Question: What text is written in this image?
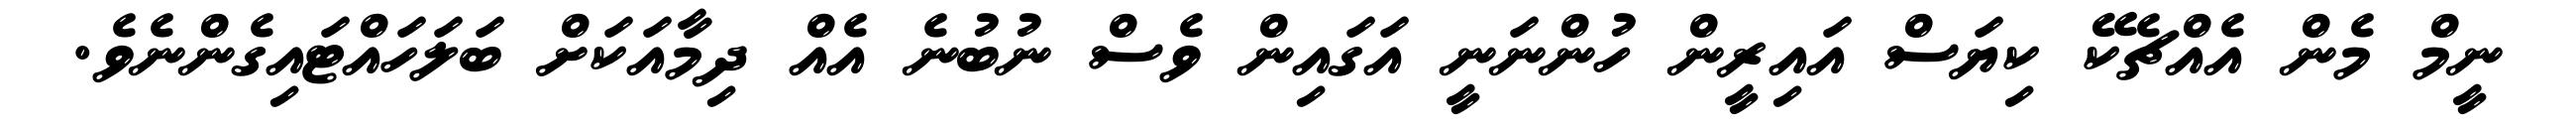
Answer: ނީމް މެން އެއްޗެކޭ ކިޔަސް އައިރީން ހުންނަނީ އަގައިން ވެސް ނުބުނެ އެއް ދިމާއަކަށް ބަލަހައްޓައިގެންނެވެ.